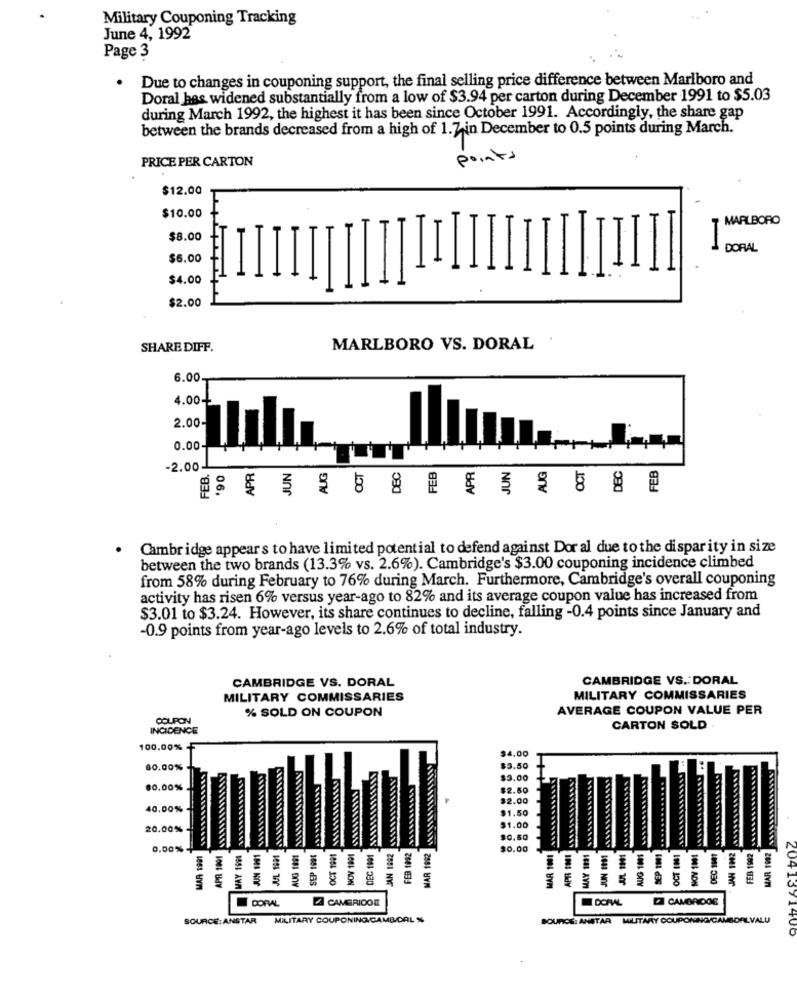
Military Couponing Tracking
June 4, 1992
Page 3
Due to changes in couponing support, the final selling price difference between Marlboro and
Doral hes widened substantially from a low of $3.94 per carton during December 1991 to $5.03
during March 1992, the highest it has been since October 1991. Accordingly, the share gap
between the brands decreased from a high of 1.7 in December to 0.5 points during March.
PRICE PER CARTON
points
$12.00
$10.00
MARLBORO
$8.00
DORAL
$6.00
$4.00
TIIIII
$2.00
SHARE DIFF.
MARLBORO VS. DORAL
6.00
4.00
2.00
0.00
JUN
APR
FEB.
APR
AUG
OCT
DEC
FEB
JUN
OCT
DEC
FEB
-2.00
'90
AUG
Cambridge appears to have limited potential to defend against Dor al due to the disparity in size
between the two brands (13.3% vs. 2.6%). Cambridge's $3.00 couponing incidence climbed
from 58% during February to 76% during March. Furthermore, Cambridge's overall couponing
activity has risen 6% versus year-ago to 82% and its average coupon value has increased from
$3.01 to $3.24. However, its share continues to decline, falling -0.4 points since January and
-0.9 points from year-ago levels to 2.6% of total industry.
CAMBRIDGE VS. DORAL
CAMBRIDGE VS .: DORAL
MILITARY COMMISSARIES
MILITARY COMMISSARIES
% SOLD ON COUPON
AVERAGE COUPON VALUE PER
COUPON
INCIDENCE
CARTON SOLD .
100.00%
$4.00
80.00%
$3.50
$3.00
80.00%.
$2.50
$2.00
40.00%
$1.50
20.00%
$1.00
$0.50
0,00%+
MAR 1991
MAY 1996
JUN 1H1
JUL 1631
AUG 1991
SEP 1991
OCT 1991
NOV 1991
DEC 1991
JAN 1882
FED 1082
MAR 1992
$0.00
JUL 111
AUG 1001
SEP 1N1
OCT 101
NOV 1001
MAR 1992
APA TO
JUN 1
E
CORAL
CAMERIOOE
DI CAMBRIDGE
SOURCE: ANSTAR
MILITARY COUPONING CAMBICAL %
SOURCE: ANSTAR MILITARY COUPONING/CAMBORILVALU
2041391406